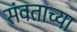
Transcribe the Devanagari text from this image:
संवताच्या